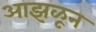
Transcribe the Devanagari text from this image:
आझळून